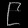
Digit: ၉